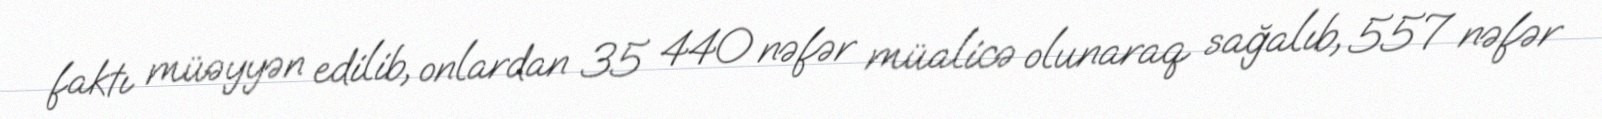
faktı müəyyən edilib, onlardan 35 440 nəfər müalicə olunaraq sağalıb, 557 nəfər